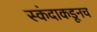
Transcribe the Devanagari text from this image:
स्कंदाकडूनच